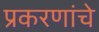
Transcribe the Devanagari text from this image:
प्रकरणांचे